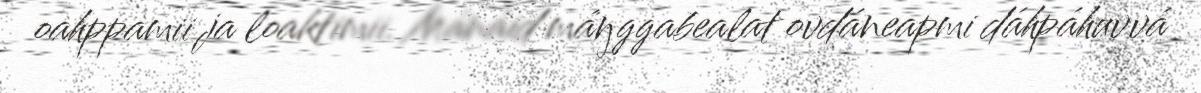
oahppamii ja loaktimii. Mánáid máŋggabealat ovdáneapmi dáhpáhuvvá